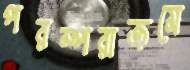
পরম্পরাক্রমে